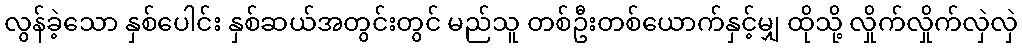
လွန်ခဲ့သော နှစ်ပေါင်း နှစ်ဆယ်အတွင်းတွင် မည်သူ တစ်ဦးတစ်ယောက်နှင့်မျှ ထိုသို့ လှိုက်လှိုက်လှဲလှဲ